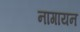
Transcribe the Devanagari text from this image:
नागायन